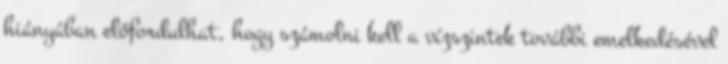
hiányában előfordulhat, hogy számolni kell a vízszintek további emelkedésével